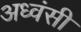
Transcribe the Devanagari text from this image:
अध्वंसी